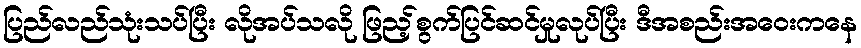
ပြည်လည်သုံးသပ်ပြီး လိုအပ်သလို ဖြည့်စွက်ပြင်ဆင်မှုလုပ်ပြီး ဒီအစည်းအဝေးကနေ